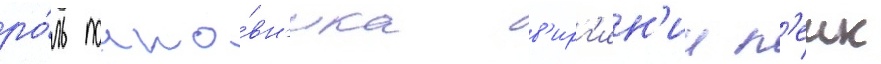
ро́ль полко́вн'ика в'ирг'ин'ии л'еик